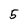
Character: 5